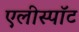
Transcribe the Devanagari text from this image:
एलीस्पॉट